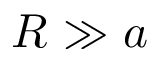
R \gg a